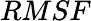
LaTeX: RMSF